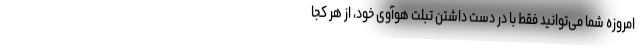
امروزه شما می‌توانید فقط با در دست داشتن تبلت هوآوی خود، از هر کجا